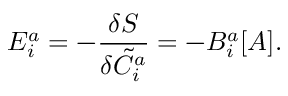
{ \cal E } _ { i } ^ { a } = - \frac { \delta S } { \delta { \tilde { C } } _ { i } ^ { a } } = - B _ { i } ^ { a } [ A ] .